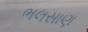
ભલસાણ